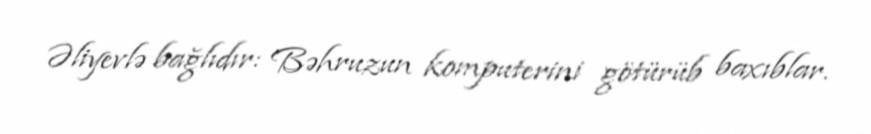
Əliyevlə bağlıdır: Bəhruzun komputerini götürüb baxıblar.